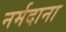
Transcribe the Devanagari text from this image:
नर्मदाना